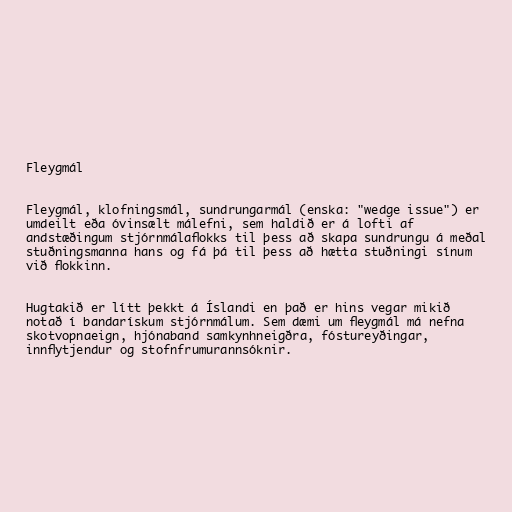
Fleygmál

Fleygmál, klofningsmál, sundrungarmál (enska: "wedge issue") er
umdeilt eða óvinsælt málefni, sem haldið er á lofti af
andstæðingum stjórnmálaflokks til þess að skapa sundrungu á meðal
stuðningsmanna hans og fá þá til þess að hætta stuðningi sínum
við flokkinn.

Hugtakið er lítt þekkt á Íslandi en það er hins vegar mikið
notað í bandarískum stjórnmálum. Sem dæmi um fleygmál má nefna
skotvopnaeign, hjónaband samkynhneigðra, fóstureyðingar,
innflytjendur og stofnfrumurannsóknir.